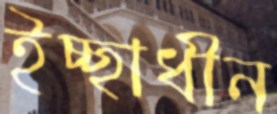
ইচ্ছাধীন